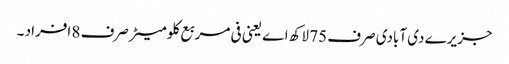
جزیرے دی آبادی صرف 75 لاکھ اے یعنی فی مربع کلومیٹر صرف 8 افراد ۔